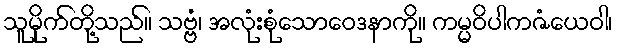
သူမိုက်တို့သည်။ သဗ္ဗံ၊ အလုံးစုံသောဝေဒနာကို။ ကမ္မဝိပါကဇံယေဝါ၊